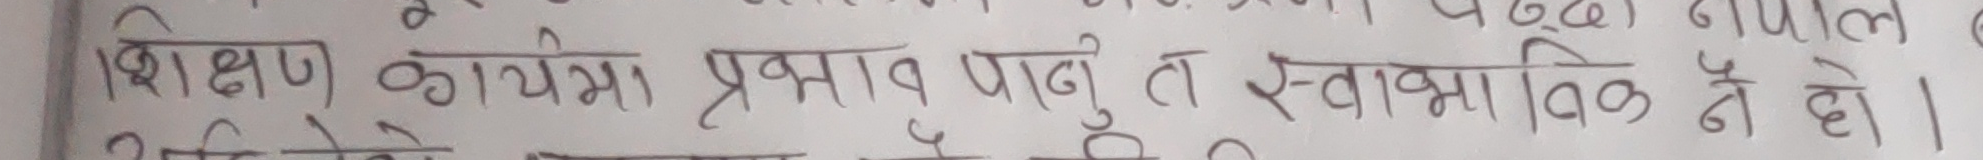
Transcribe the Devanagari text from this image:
शिक्षण कार्यक्रम प्रभाव पार्नु त स्वाभाविक नै हो।